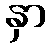
နှာ